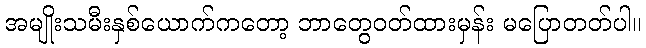
အမျိုးသမီးနှစ်ယောက်ကတော့ ဘာတွေဝတ်ထားမှန်း မပြောတတ်ပါ။